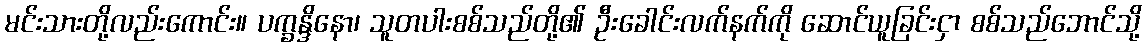
မင်းသားတို့လည်းကောင်း။ ပက္ခန္ဒိနော၊ သူတပါးစစ်သည်တို့၏ ဦးခေါင်းလက်နက်ကို ဆောင်ယူခြင်းငှာ စစ်သည်ဘောင်သို့